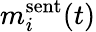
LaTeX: m_{i}^{\mathrm{sent}}(t)